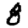
Digit: 8